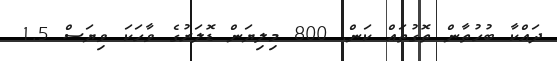
ދައްކާ ބުހުތާން ތޮގުތައް ކަން. 800 މިލިޔަން ޑޮލަރުގެ ވާހަކަ ވިޔަސް 1.5